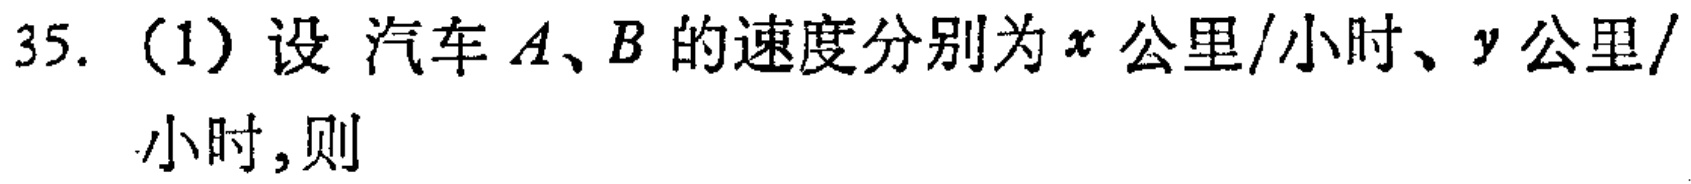
35. (1) 设 汽车\(A、B\)的速度分别为\(x\)公里/小时、\(y\)公里/小时,则